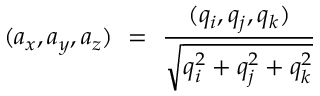
( a _ { x } , a _ { y } , a _ { z } ) \ = \ { \frac { ( q _ { i } , q _ { j } , q _ { k } ) } { \sqrt { q _ { i } ^ { 2 } + q _ { j } ^ { 2 } + q _ { k } ^ { 2 } } } }